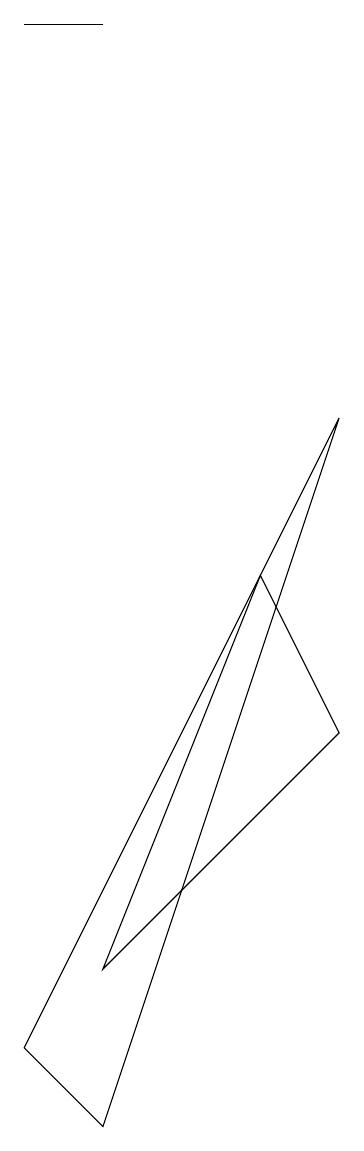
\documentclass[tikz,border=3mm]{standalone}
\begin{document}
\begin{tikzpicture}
\draw (2,14) rectangle (3,14);
\draw (3,2) -- (6,5) -- (5,7) -- cycle;
\draw (3,0) -- (2,1) -- (6,9) -- cycle;
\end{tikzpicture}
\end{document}